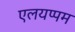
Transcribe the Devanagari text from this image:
एलयप्पम